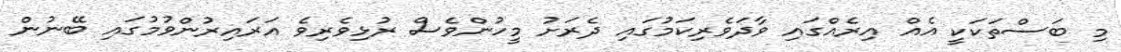
މި ބަސްތަކަކީ އެއް އިރެއްގައި ވާދަވެރިކަމުގައި ދެރަށު މީހުންވެސް ރުޅިވެރިވެ އަރައިރުންވުމުުގައި ބޭނުން